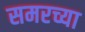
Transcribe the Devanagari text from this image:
समरच्या